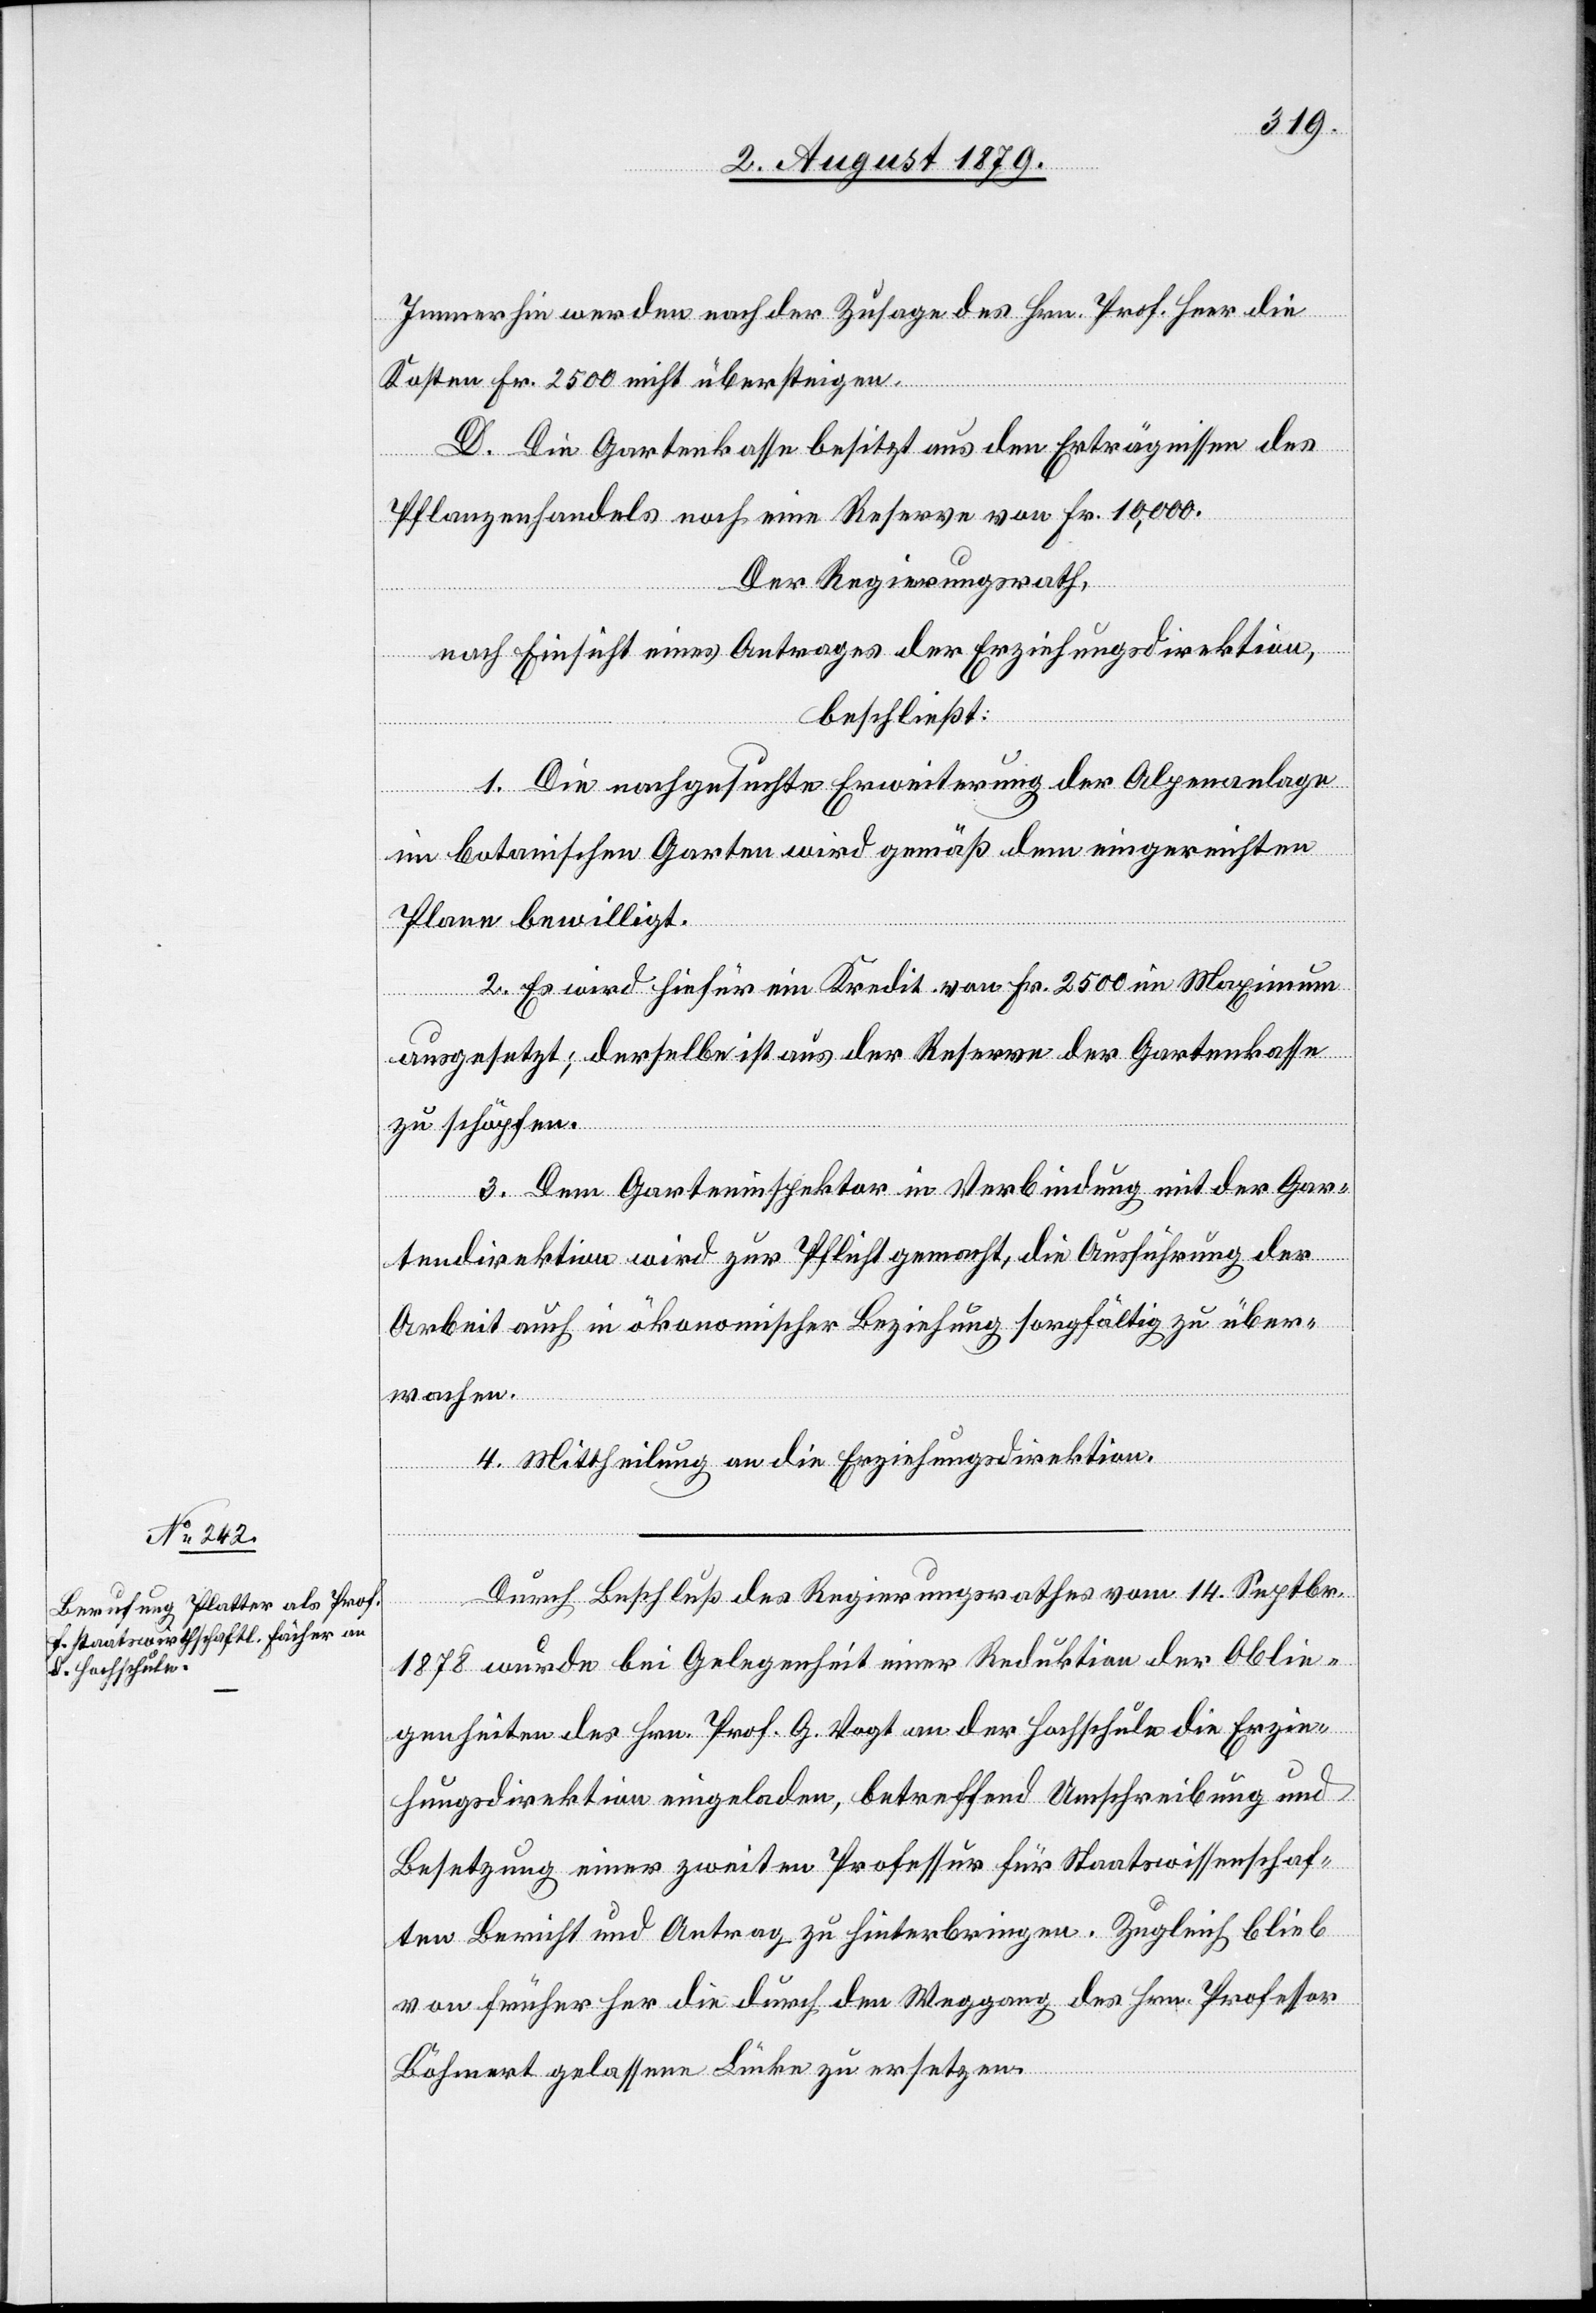
Immerhin werden nach der Zulage des Hrn. Prof. Heer die
Kosten Fr. 2500 nicht übersteigen.
D. Die Gartenkasse besitzt aus den Erträgnissen des
Pflanzenhandels noch eine Reserve von Fr. 10,000.
Der Regierungsrath,
nach Einsicht eines Antrages der Erziehungsdirektion,
beschließt:
1. Die nachgesuchte Erweiterung der Alpenanlage
im botanischen Garten wird gemäß dem eingereichten
Plane bewilligt.
2. Es wird hiefür ein Kredit von Fr. 2500 im Maximum
ausgesetzt; derselbe ist aus der Reserve der Gartenkasse
zu schöpfen.
3. Dem Garteninspektor in Verbindung mit der Gar¬
tendirektion wird zur Pflicht gemacht, die Ausführung der
Arbeit auch in ökonomischer Beziehung sorgfältig zu über¬
wachen.
4. Mittheilung an die Erziehungsdirektion.
Durch Beschluß des Regierungsrathes vom 14. Septbr.
1878 wurde bei Gelegenheit einer Reduktion der Oblie¬
genheiten des Hrn. Prof. G. Vogt an der Hochschule die Erzie¬
hungsdirektion eingeladen, betreffend Umschreibung und
Besetzung einer zweiten Professur für Staatswissenschaf¬
ten Bericht und Antrag zu hinterbringen. Zugleich blieb
von früher her die durch den Weggang des Hrn. Professor
Böhmer gelassene Lücke zu ersetzen.